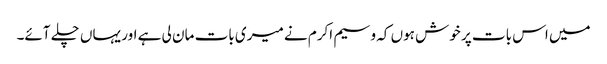
میں اس بات پر خوش ہوں کہ وسیم اکرم نے میری بات مان لی ہے اور یہاں چلے آئے۔